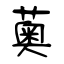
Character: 薁